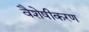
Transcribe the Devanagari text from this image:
वैशेषीकरण